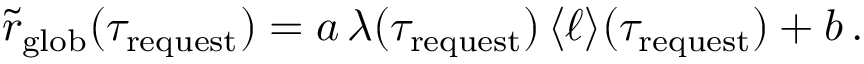
\tilde { r } _ { \mathrm { g l o b } } ( \tau _ { \mathrm { r e q u e s t } } ) = a \, \lambda ( \tau _ { \mathrm { r e q u e s t } } ) \, \langle \ell \rangle ( \tau _ { \mathrm { r e q u e s t } } ) + b \, .